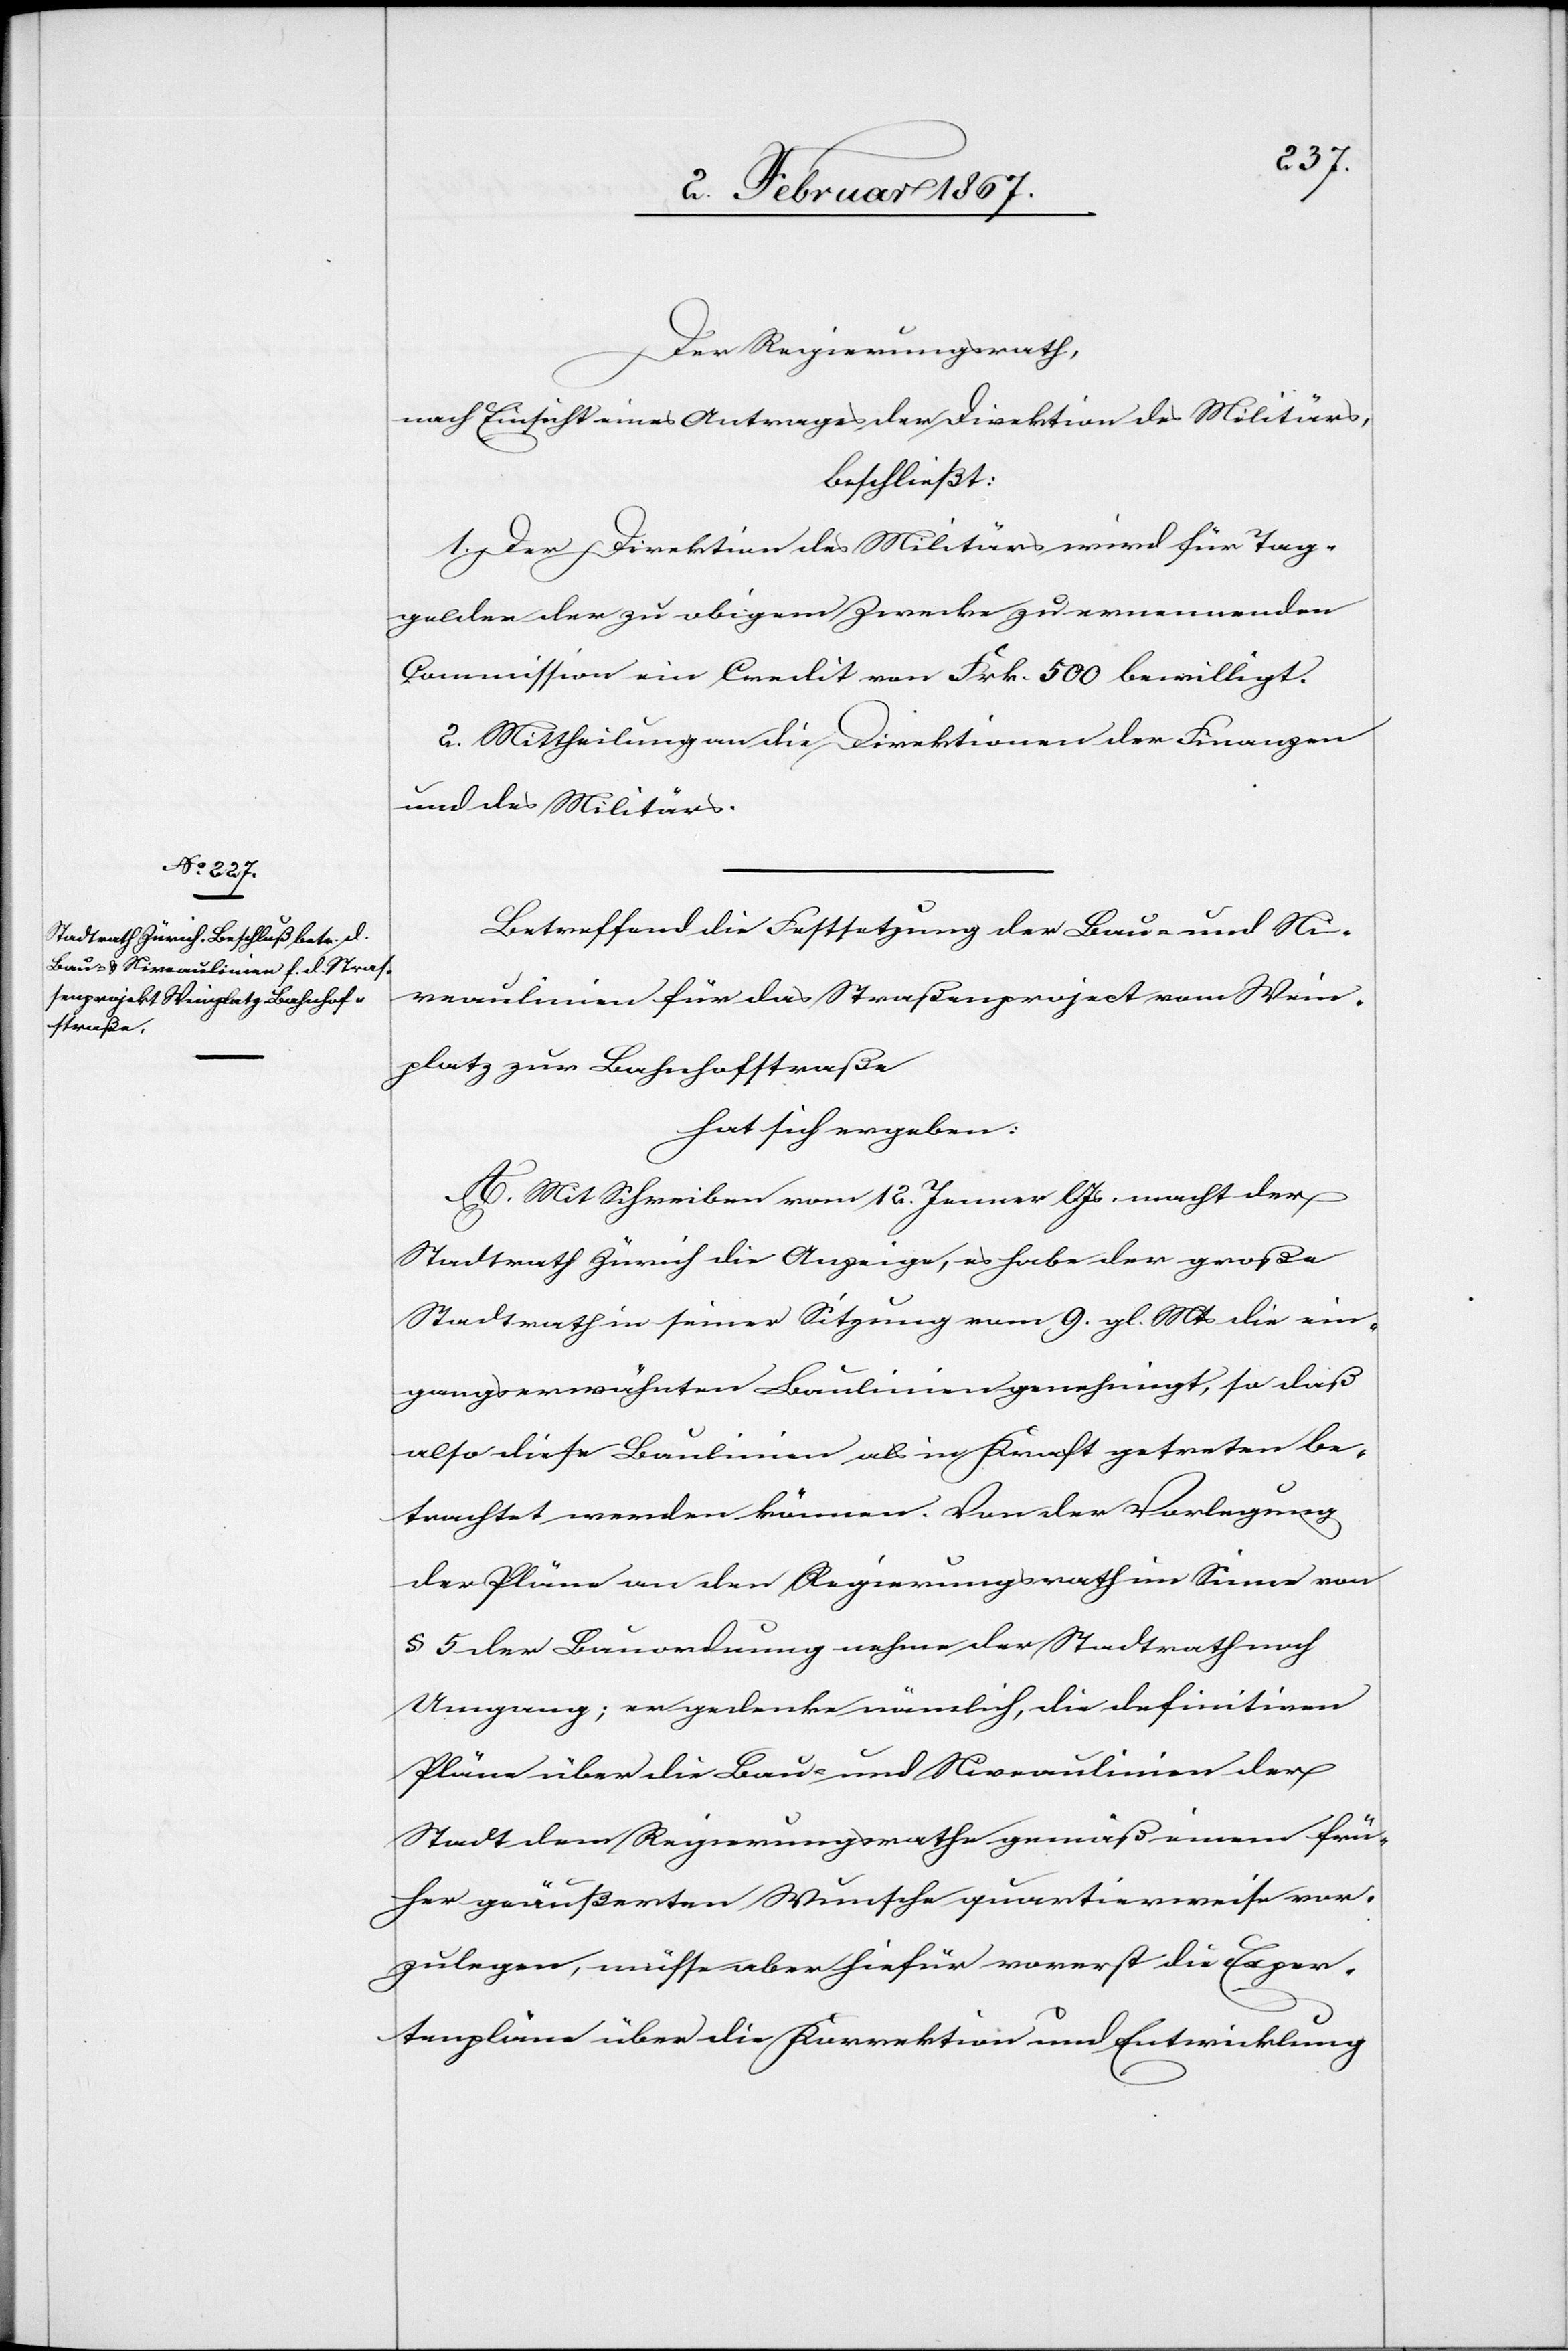
Der Regierungsrath,
nach Einsicht eines Antrages der Direktion des Militärs,
beschließt:
1. Der Direktion des Militärs wird für Tag¬
gelder der zu obigem Zwecke zu ernennenden
Commission ein Credit von Frk. 500 bewilligt.
2. Mittheilung an die Direktionen der Finanzen
und des Militärs.
Betreffend die Festsetzung der Bau- und Ni¬
veaulinien für das Straßenproject vom Wein¬
platz zur Bahnhofstraße
hat sich ergeben:
A. Mit Schreiben vom 12. Jenner l. Js macht der
Stadtrath Zürich die Anzeige, es habe der große
Stadtrath in seiner Sitzung vom 9. gl. Mts die ein¬
gangs erwähnten Baulinien genehmigt, so daß
also diese Baulinien als in Kraft getreten be¬
trachtet werden können. Von der Verlegung
der Pläne an den Regierungsrath im Sinne von
§ 5 der Bauordnung nehme der Stadtrath noch
Umgang; er denke nämlich, die definitiven
Pläne über die Bau- und Niveaulinien der
Stadt dem Regierungsrathe gemäß einem frü¬
her geäußerten Wunsche quartierweise vor¬
zulegen, müsse aber hiefür vorerst die Exper¬
tenpläne über die Korrektion und Entwicklung